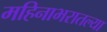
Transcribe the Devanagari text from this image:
महिनाभरातल्या